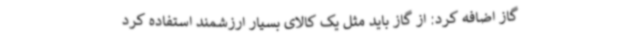
گاز اضافه کرد: از گاز باید مثل یک کالای بسیار ارزشمند استفاده کرد